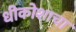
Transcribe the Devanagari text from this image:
धीकोशाचा